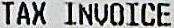
TAX INVOICE